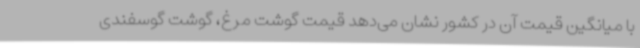
با میانگین قیمت آن در کشور نشان می‌دهد قیمت گوشت مرغ، گوشت گوسفندی